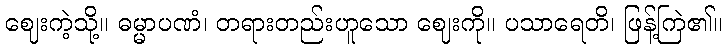
ဈေးကဲ့သို့။ ဓမ္မာပဏံ၊ တရားတည်းဟူသော ဈေးကို။ ပသာရေတိ၊ ဖြန့်ကြဲ၏။